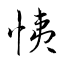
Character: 恞